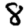
Digit: 8